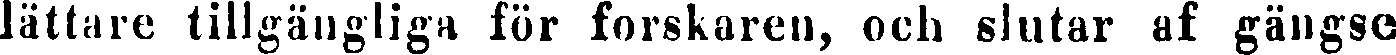
lättare tillgängliga för forskaren, och slutar af gängse